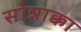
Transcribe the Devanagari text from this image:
सोन्नाक्का